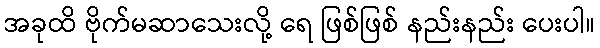
အခုထိ ဗိုက်မဆာသေးလို့ ရေ ဖြစ်ဖြစ် နည်းနည်း ပေးပါ။